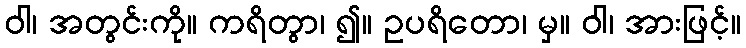
ဝါ၊ အတွင်းကို။ ကရိတွာ၊ ၍။ ဥပရိတော၊ မှ။ ဝါ၊ အားဖြင့်။